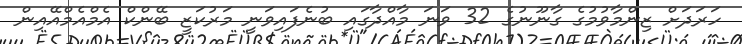
ހަރަދަށް ޒިންމާވުމުގެ ގާނޫނުގެ 32 ވަނަ މާއްދާގައި ބުނެފައިވަނީ މަރުކަޒީ ބޭންކް އެމްއެމްއޭއިން